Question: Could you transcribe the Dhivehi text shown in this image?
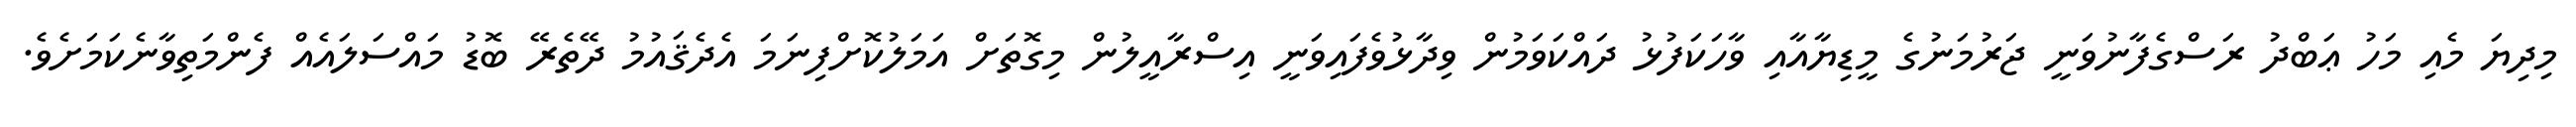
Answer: މިދިޔަ މެއި މަހު ޢަބްދު ރަސްގެފާނުވަނީ ޖަރުމަނުގެ މީޑިޔާއާއި ވާހަކަފުޅު ދައްކަވަމުން ވިދާޅުވެފައިވަނީ އިސްރާއީލުން މިގޮތަށް އަމަލުކޮށްފިނަމަ އެދެޤައުމު ދޭތެރޭ ބޮޑު މައްސަލައެއް ފެންމަތިވާނެކަމަށެވެ.